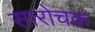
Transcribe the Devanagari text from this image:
सारोचक